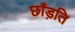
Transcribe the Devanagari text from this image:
छाँड़ति